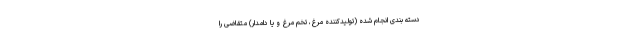
دسته بندی انجام شده (تولیدکننده مرغ، تخم مرغ و یا دامدار) متقاضی را